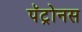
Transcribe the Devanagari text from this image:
पॅट्रोनस